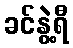
ခင်နွဲ့ရီ